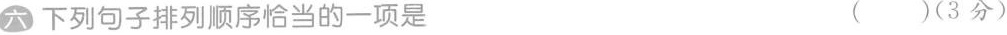
六 下列句子排列顺序恰当的一项是 ( )(3分)